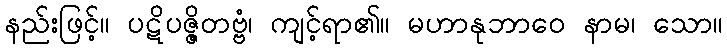
နည်းဖြင့်။ ပဋိပဇ္ဇိတဗ္ဗံ၊ ကျင့်ရာ၏။ မဟာနုဘာဝေ နာမ၊ သော။